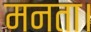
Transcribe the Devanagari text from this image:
मनता।